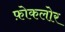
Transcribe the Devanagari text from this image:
फ़ोकलोर